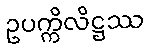
ဥပက္ကိလိဋ္ဌဿ